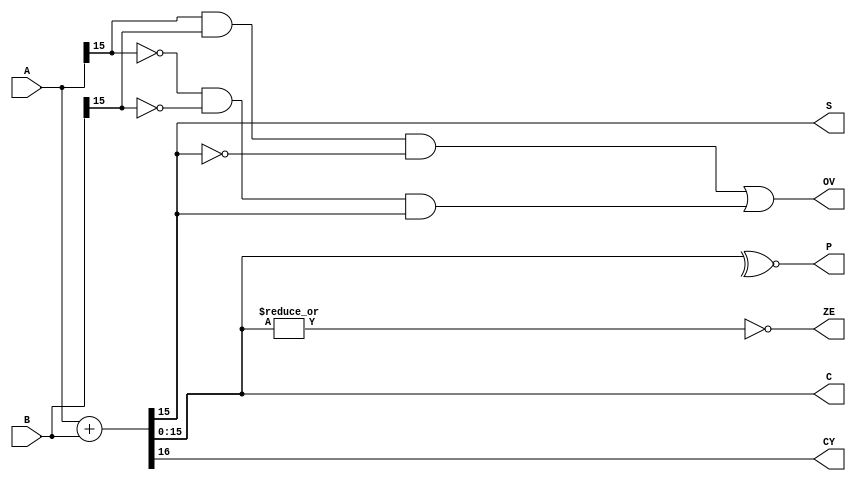
//behavioral modelling of alu
module alu (
    A,B,C,S,CY,ZE,OV,P
);
 input [15:0] A,B;
 output [15:0] C;
 output S,CY,ZE,OV,P;
 assign {CY,C}=A+B;
 assign S = C[15];
 assign ZE = ~|C;
 assign P = ~^C;
 assign OV = (A[15]&B[15]&~C[15])|(~A[15]&~B[15]&C[15]);

endmodule